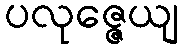
ပလုဇ္ဇေယျ